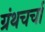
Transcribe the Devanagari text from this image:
ग्रंथचर्चा